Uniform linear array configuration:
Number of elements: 8
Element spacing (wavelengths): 0.75
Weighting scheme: hann
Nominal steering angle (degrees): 0
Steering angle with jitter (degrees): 0.7122
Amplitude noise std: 0.05
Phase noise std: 0.05

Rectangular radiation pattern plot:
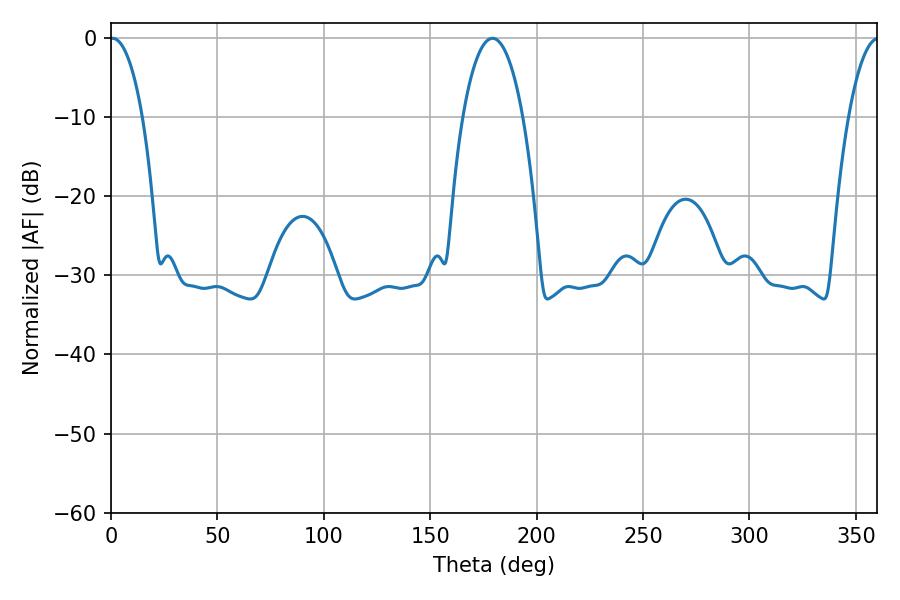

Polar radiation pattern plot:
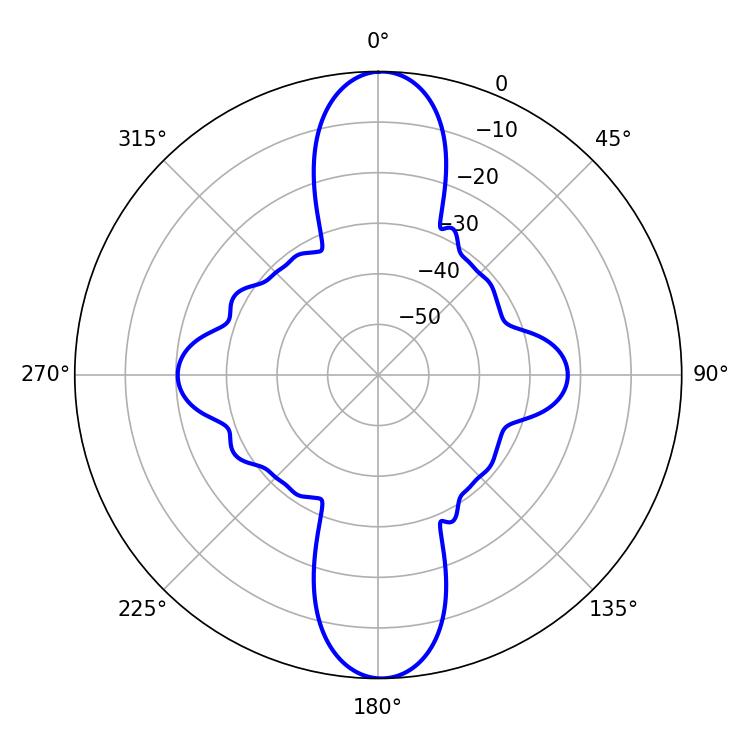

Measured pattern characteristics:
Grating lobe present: TRUE
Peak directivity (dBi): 26.119
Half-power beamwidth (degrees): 8.64
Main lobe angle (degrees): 0.72